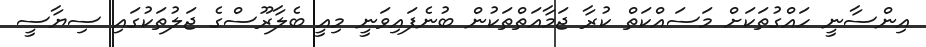
އިންސާނީ ހައްގުތަކަށް މަސައްކަތް ކުރާ ޖަމާއަތްތަކުން ބުނެފައިވަނީ މިއީ ބެލާރޫސްގެ ޖަލުތަކުގައި ސިޔާސީ